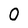
Character: O